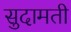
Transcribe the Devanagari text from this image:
सुदामती